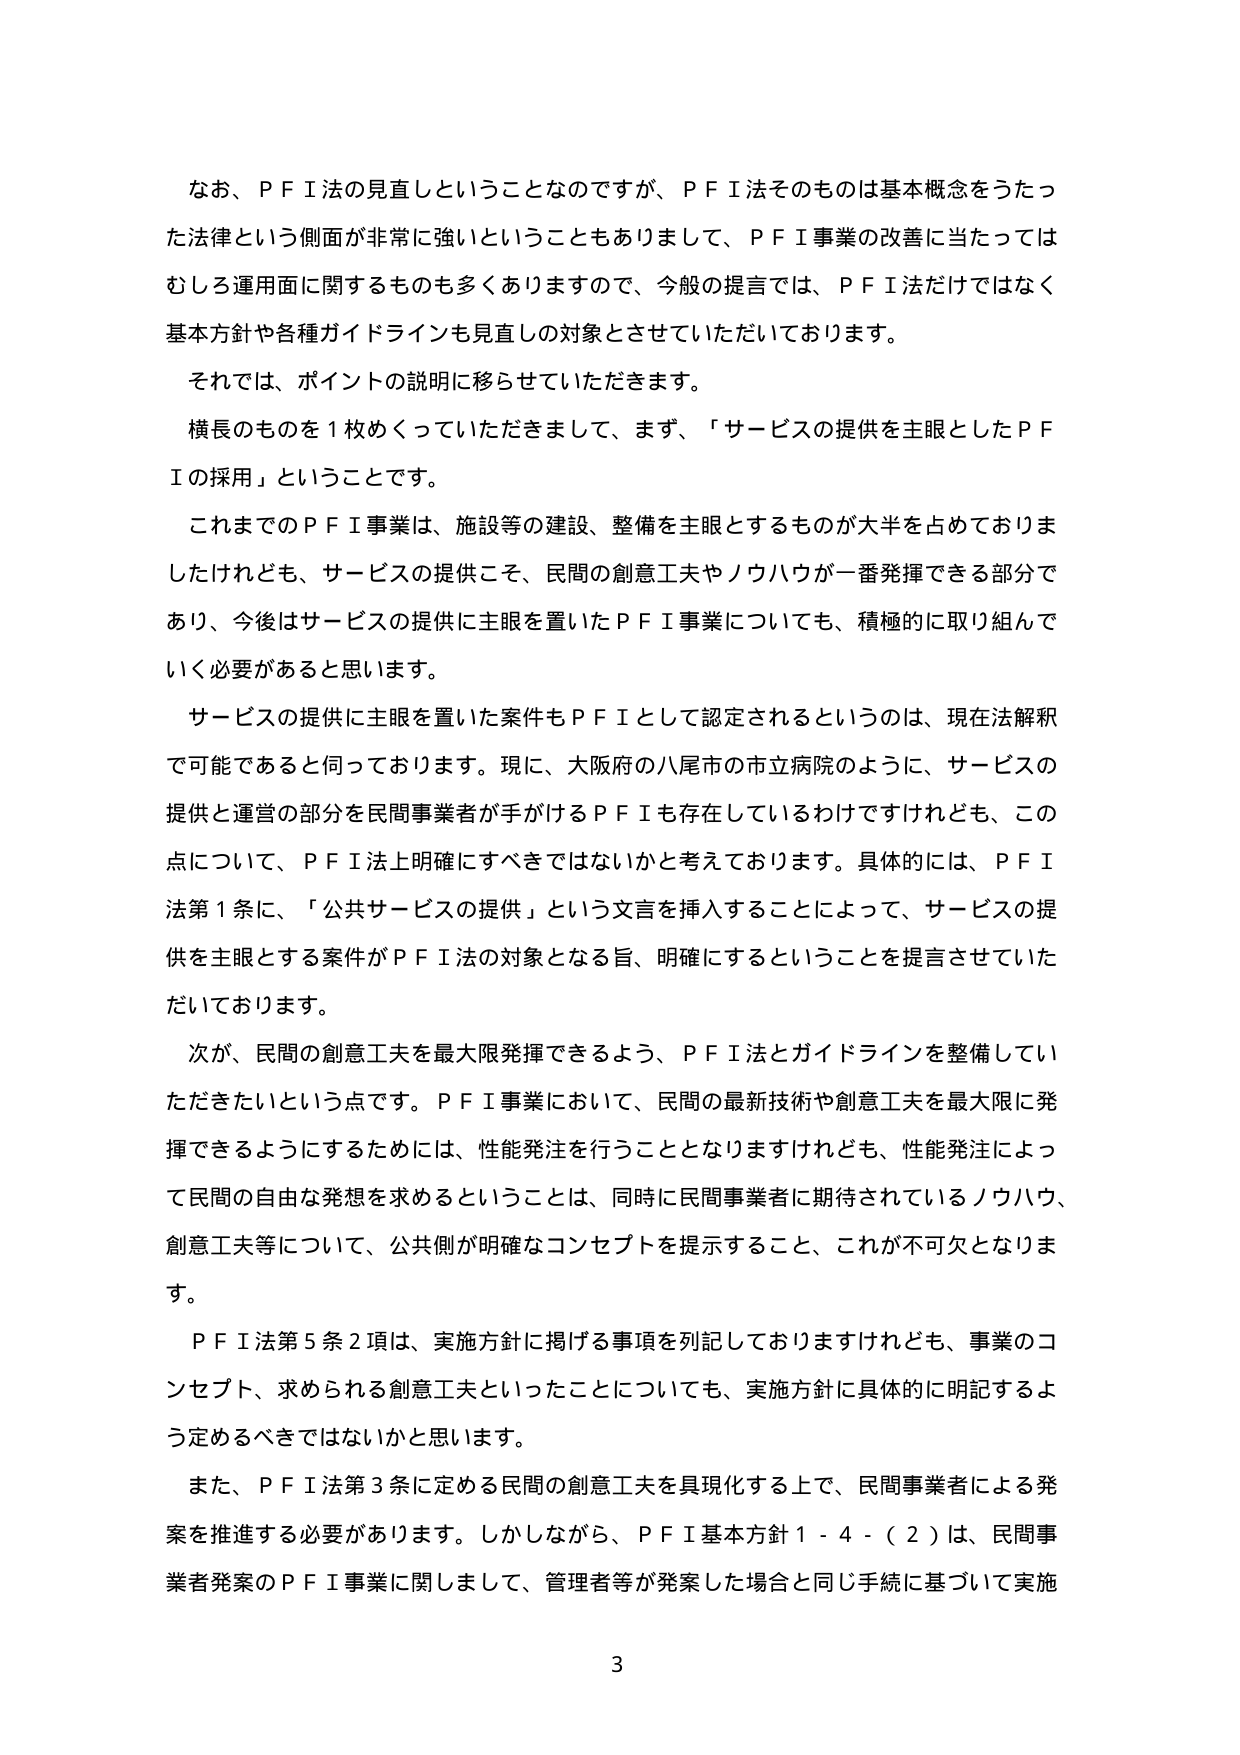
なお、ＰＦＩ法の見直しということなのですが、ＰＦＩ法そのものは基本概念をうたった法律という側面が非常に強いということもありまして、ＰＦＩ事業の改善に当たってはむしろ運用面に関するものも多くありますので、今般の提言では、ＰＦＩ法だけではなく基本方針や各種ガイドラインも見直しの対象とさせていただいております。

それでは、ポイントの説明に移らせていただきます。

横長のものを１枚めくっていただきまして、まず、「サービスの提供を主眼としたＰＦＩの採用」ということです。

これまでのＰＦＩ事業は、施設等の建設、整備を主眼とするものが大半を占めておりましたけれども、サービスの提供こそ、民間の創意工夫やノウハウが一番発揮できる部分であり、今後はサービスの提供に主眼を置いたＰＦＩ事業についても、積極的に取り組んでいく必要があると思います。

サービスの提供に主眼を置いた案件もＰＦＩとして認定されるというのは、現在法解釈で可能であると伺っております。現に、大阪府の八尾市の市立病院のように、サービスの提供と運営の部分を民間事業者が手がけるＰＦＩも存在しているわけですが、この点について、ＰＦＩ法上明確にすべきではないかと考えております。具体的には、ＰＦＩ法第１条に、「公共サービスの提供」という文言を挿入することによって、サービスの提供を主眼とする案件がＰＦＩ法の対象となる旨、明確にするということを提言させていただいております。

次が、民間の創意工夫を最大限発揮できるよう、ＰＦＩ法とガイドラインを整備していただきたいという点です。ＰＦＩ事業において、民間の最新技術や創意工夫を最大限に発揮できるようにするためには、性能発注を行うこととなりますけれども、性能発注によって民間の自由な発想を求めるということは、同時に民間事業者に期待されているノウハウ、創意工夫等について、公共側が明確なコンセプトを提示すること、これが不可欠となります。

ＰＦＩ法第５条２項は、実施方針に掲げる事項を列記しておりますけれども、事業のコンセプト、求められる創意工夫といったことについても、実施方針に具体的に明記するよう定めるべきではないかと思います。

また、ＰＦＩ法第３条に定める民間の創意工夫を具現化する上で、民間事業者による発案を推進する必要があります。しかしながら、ＰＦＩ基本方針１－４－（２）は、民間事業者発案のＰＦＩ事業に関しまして、管理者等が発案した場合と同じ手続に基づいて実施

3